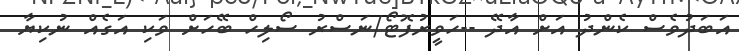
އަބަދުވެސް ކެންދު އަށް އާދޭ --ހަވީރުފޮޓޯ/ނަސްރު ސޯލިހް ބޭހަށް ވަކި އަގެއް ނުކިޔާ